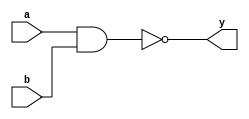
module nandarray_behave(y,a,b);
output reg[15:0] y;
input[15:0] a,b;

always@(a,b)
begin
 y=~(a&b);
end

endmodule